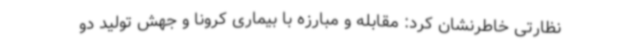
نظارتی خاطرنشان کرد: مقابله و مبارزه با بیماری کرونا و جهش تولید دو